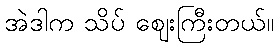
အဲဒါက သိပ် ဈေးကြီးတယ်။